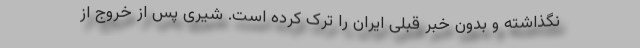
نگذاشته و بدون خبر قبلی ایران را ترک کرده است. شیری پس از خروج از